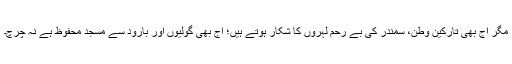
مگر آج بھی تارکین وطن، سمندر کی بے رحم لہروں کا شکار ہوتے ہیں؛ آج بھی گولیوں اور بارود سے مسجد محفوظ ہے نہ چرچ۔